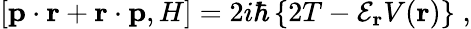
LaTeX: \left[{\mathbf p}\cdot{\mathbf r}+{\mathbf r}\cdot{\mathbf p},H\right]=2i\hbar\left\{ 2T-{\mathcal E}_{\mathbf r}V({\mathbf r})\right\} \; ,